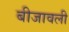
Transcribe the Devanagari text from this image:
बीजावली